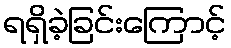
ရရှိခဲ့ခြင်းကြောင့်